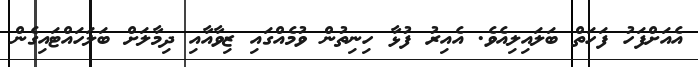
އެއަށްފަހު ފަހަތް ބަލައިލިއެވެ. އެއިރު ފުޅާ ހިނިތުން ވުމެއްގައި ޒިވާއާއި ދިމާލަށް ބަލަހައްޓައިގެން